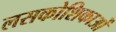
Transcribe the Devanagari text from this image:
लसकोशिकाओं